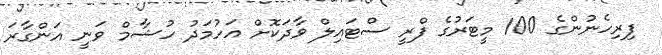
ފިރިހެނުންގެ 100 މީޓަރުގެ ފްރީ ސްޓައިލް ވާދަކޮށް އަހުމަދު ހުޝާމް ވަނީ އަންގާރަ